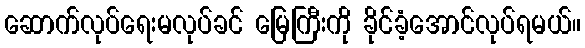
ဆောက်လုပ်ရေးမလုပ်ခင် မြေကြီးကို ခိုင်ခံ့အောင်လုပ်ရမယ်။